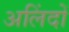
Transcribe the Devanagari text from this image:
अलिंदों